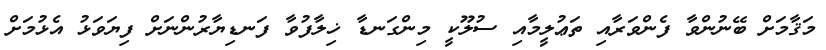
މަޤާމަށް ބޭނުންވާ ފެންވަރާއި ތަޢުލީމާއި ސުލޫކީ މިންގަނޑާ ޚިލާފުވާ ފަނޑިޔާރުންނަށް ފިޔަވަޅު އެޅުމަށް